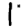
Digit: 1